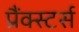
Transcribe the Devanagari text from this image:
प्रैंक्स्टर्स